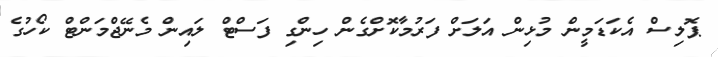
ޕޮލިސް އެކަޑަމީން މުޅިން އަލަށް ފަރުމާކޮށްގެން ހިންގި ފަސްޓް ލައިން މެނޭޖްމަންޓް ކޯހުގެ